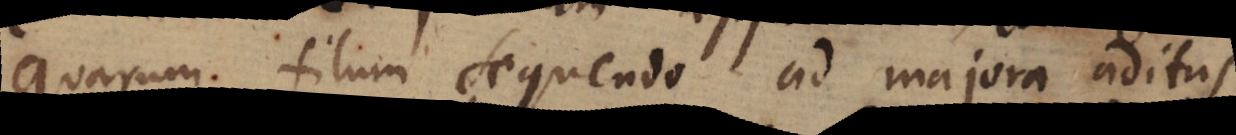
quarum filum sequendo ad majora aditus